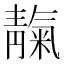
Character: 靝